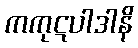
ကကုဋပါဒါနိ